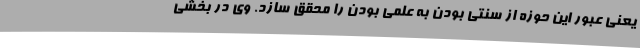
یعنی عبور این حوزه از سنتی بودن به علمی بودن را محقق سازد. وی در بخشی